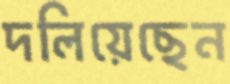
দলিয়েছেন